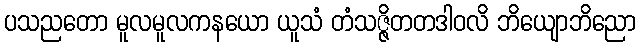
ပသညတော မူလမူလကနယော ယူသံ တံသဇ္ဇိတတဒါဝလိ ဘိယျောဘိညော